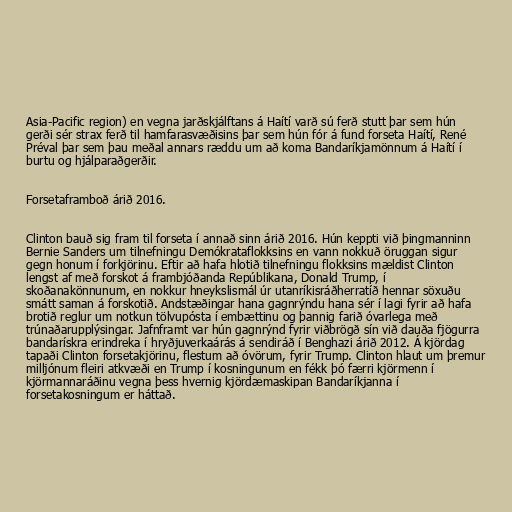
Asia-Pacific region) en vegna jarðskjálftans á Haítí varð sú ferð stutt þar sem hún
gerði sér strax ferð til hamfarasvæðisins þar sem hún fór á fund forseta Haítí, René
Préval þar sem þau meðal annars ræddu um að koma Bandaríkjamönnum á Haítí í
burtu og hjálparaðgerðir.

Forsetaframboð árið 2016.

Clinton bauð sig fram til forseta í annað sinn árið 2016. Hún keppti við þingmanninn
Bernie Sanders um tilnefningu Demókrataflokksins en vann nokkuð öruggan sigur
gegn honum í forkjörinu. Eftir að hafa hlotið tilnefningu flokksins mældist Clinton
lengst af með forskot á frambjóðanda Repúblikana, Donald Trump, í
skoðanakönnunum, en nokkur hneykslismál úr utanríkisráðherratíð hennar söxuðu
smátt saman á forskotið. Andstæðingar hana gagnrýndu hana sér í lagi fyrir að hafa
brotið reglur um notkun tölvupósta í embættinu og þannig farið óvarlega með
trúnaðarupplýsingar. Jafnframt var hún gagnrýnd fyrir viðbrögð sín við dauða fjögurra
bandarískra erindreka í hryðjuverkaárás á sendiráð í Benghazi árið 2012. Á kjördag
tapaði Clinton forsetakjörinu, flestum að óvörum, fyrir Trump. Clinton hlaut um þremur
milljónum fleiri atkvæði en Trump í kosningunum en fékk þó færri kjörmenn í
kjörmannaráðinu vegna þess hvernig kjördæmaskipan Bandaríkjanna í
forsetakosningum er háttað.